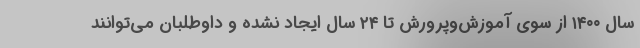
سال ۱۴۰۰ از سوی آموزش‌وپرورش تا ۲۴ سال ایجاد نشده و داوطلبان می‌توانند